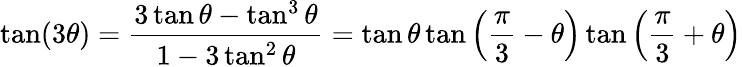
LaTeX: \tan(3\theta)={\frac{3\tan\theta-\tan^{3}\theta}{1-3\tan^{2}\theta}}=\tan\theta\tan\left({\frac{\pi}{3}}-\theta\right)\tan\left({\frac{\pi}{3}}+\theta\right)